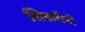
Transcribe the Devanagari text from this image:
शिखरीनी